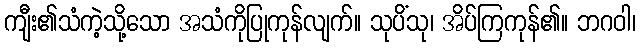
ကျီး၏သံကဲ့သို့သော အသံကိုပြုကုန်လျက်။ သုပိံသု၊ အိပ်ကြကုန်၏။ ဘဂဝါ၊